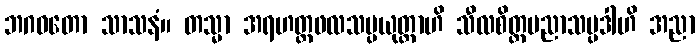
ဘဂဝတော သာသနံ။ တသ္မာ အရဟတ္တဖလသမ္ပယုတ္တာဟိ သီလစိတ္တပညာသမ္ပဒါဟိ အညာ